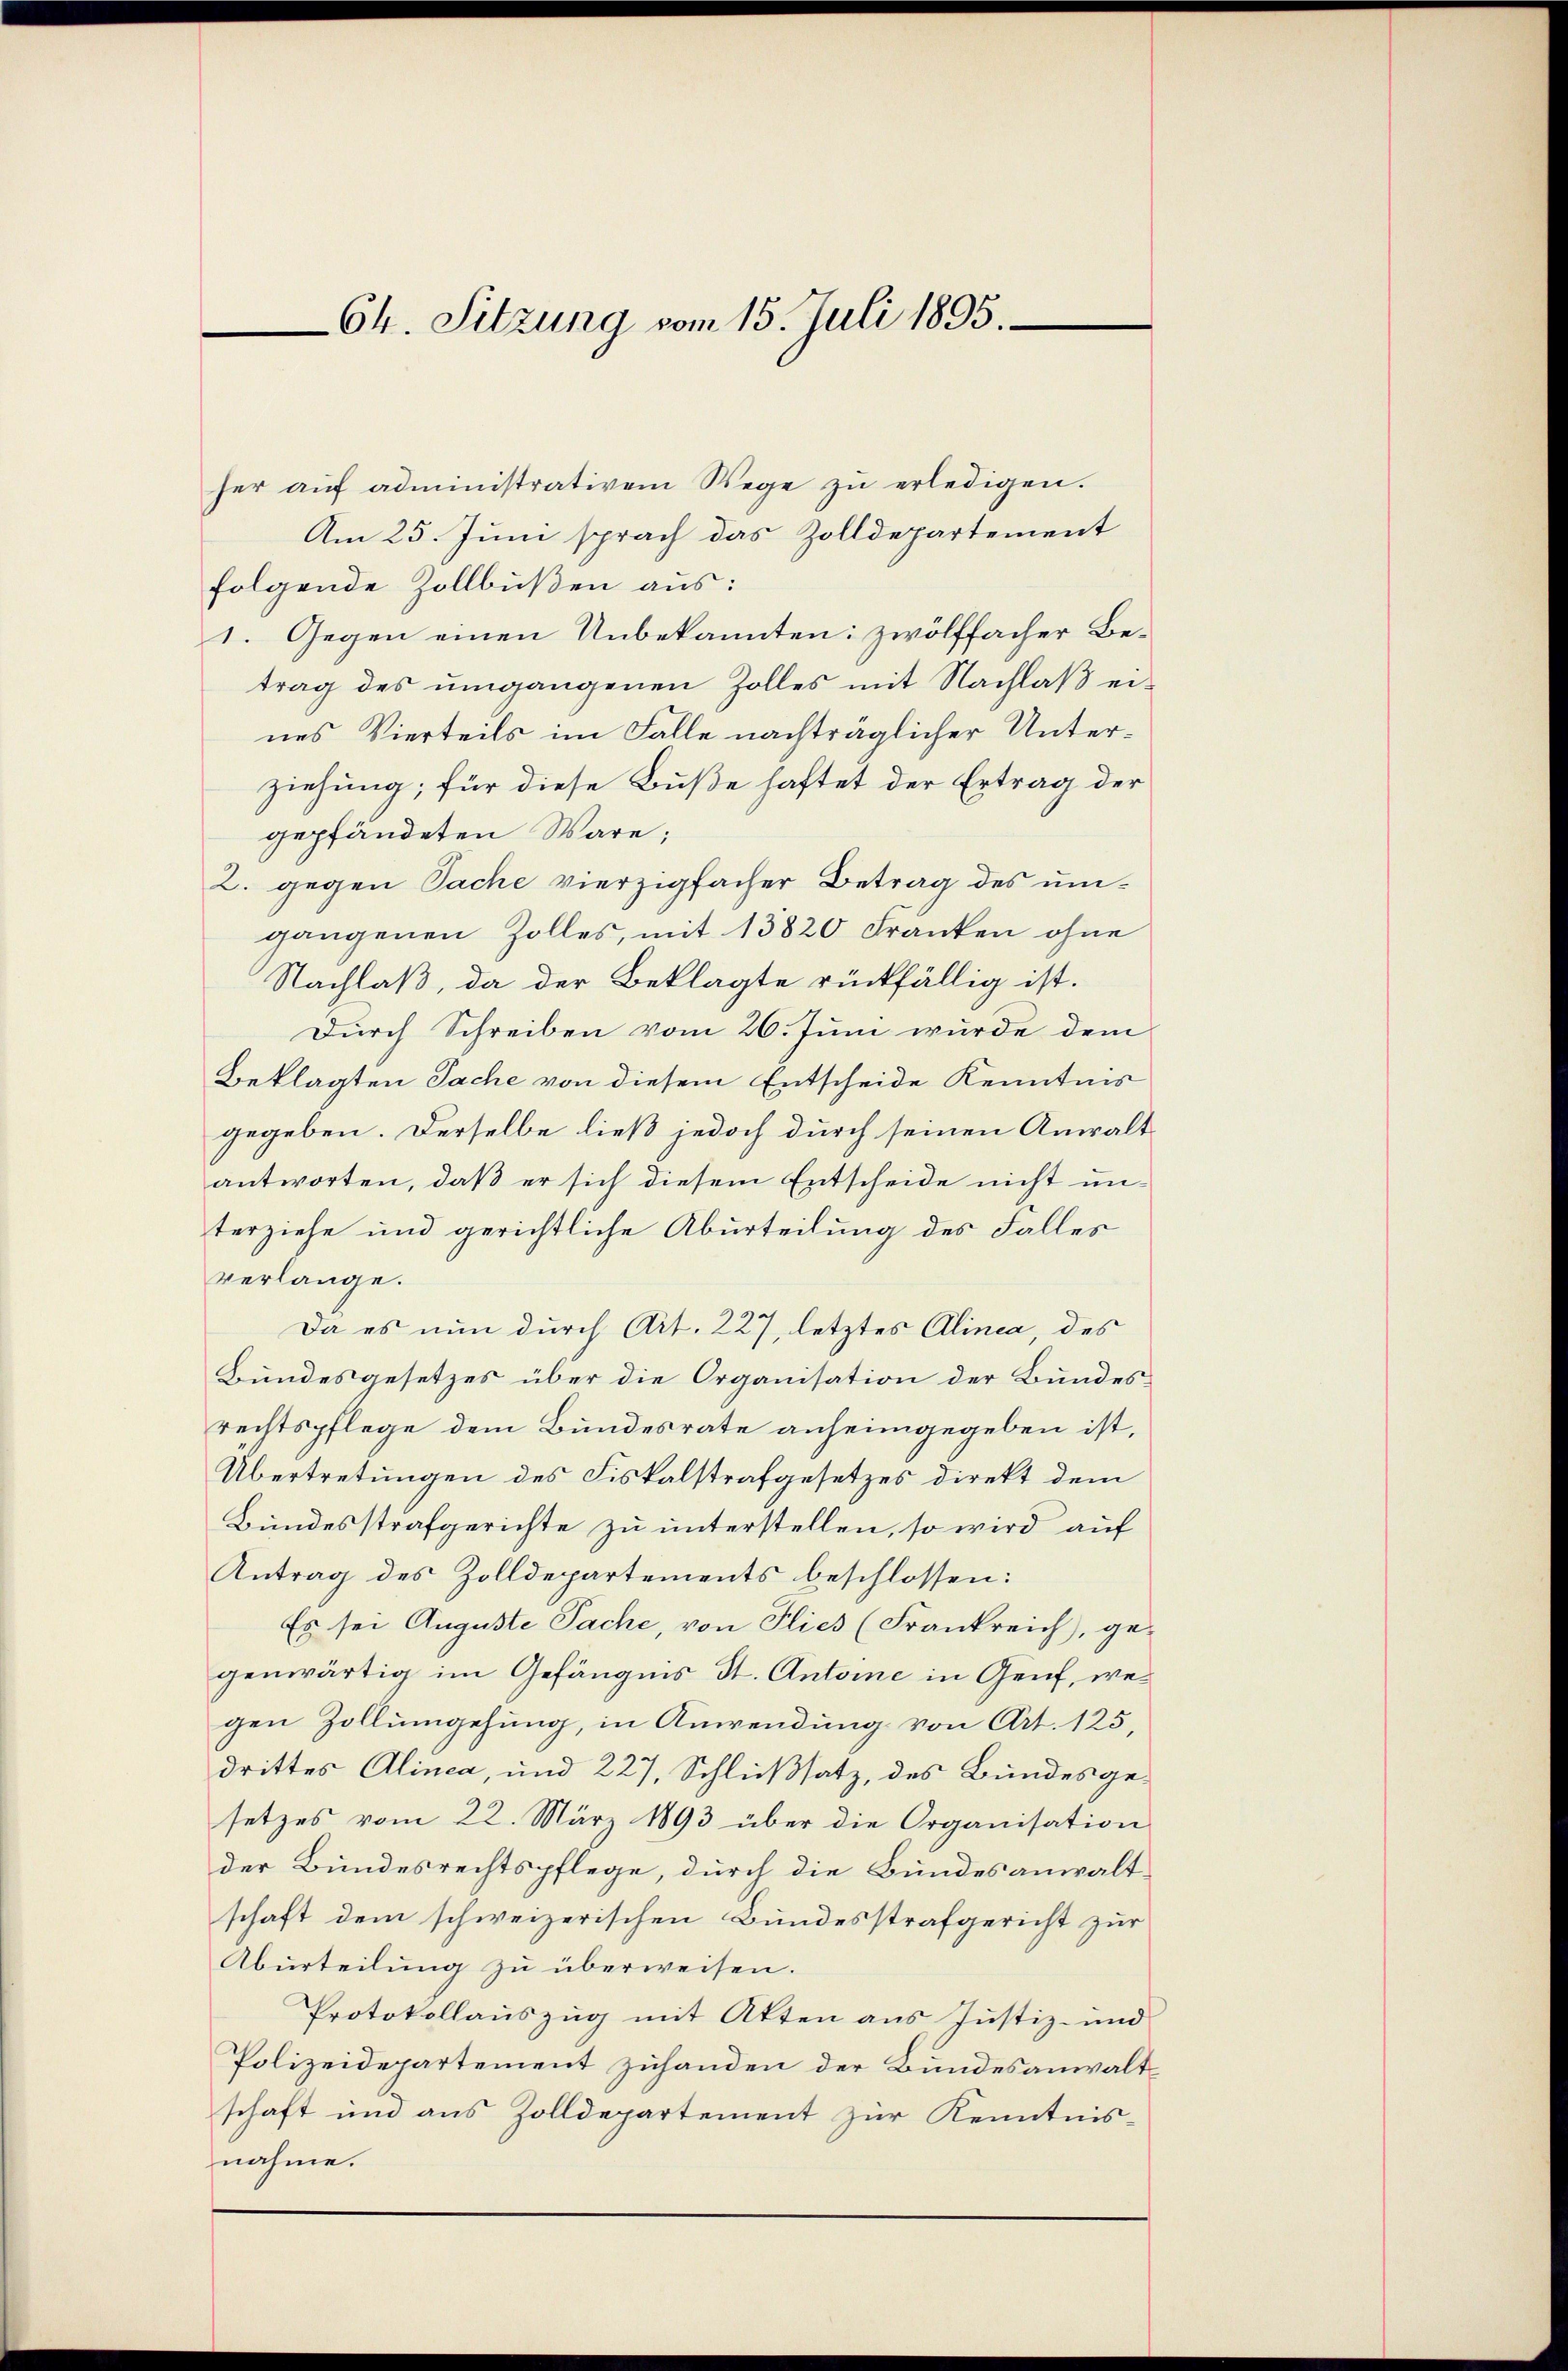
64. Sitzung vom 15. Juli 1895.

her aŭf administrativem Wege zŭ erledigen.
Am 25. Juni sprach das Zolldepartement
folgende Zollbüßen aus:
1. Gegen einen Unbekannten: zwölffacher Betrag des umgangenen Zolles mit Nachlaß eines Vierteils im Falle nachträglicher Unterziehung; für diese Buße haftet der Ertrag der
gepfändeten Wäre;
2. gegen Sache vierzigfacher Betrag des um-
gangenen Zolles, mit 13820 Franken ohne
Nachlaß, da der Beklagte rückfällig ist.
Durch Schreiben vom 26. Juni wurde dem
Beklagten Sache von diesem Entscheide Kenntnis
gegeben. Derselbe ließ jedoch durch seinen Anwalt
antworten, daß er sich diesem Entscheide nicht unterziehe und gerichtliche Aburteilung des Falles
verlange.
Da es nun durch Art. 227, letztes Alinea, des
Bundesgesetzes über die Organisation der Bundesrechtspflege dem Bundesrate anheimgegeben ist,
Übertretungen des Fiskalstrafgesetzes direkt dem
Bundesstrafgerichte zu unterstellen, so wird auf
Antrag des Zolldepartements beschlossen:
Es sei Auguste Sache, von Flies (Frankreich), ge-
genwärtig im Gefängnis St. Antone in Genf, wegen Zollumgehung, in Anwendung von Art. 125,
drittes Alinea, und 227, Schlußsatz, des Bundesgesetzes vom 22. März 1893 über die Organisation
der Bundesrechtspflege, durch die Bundesanwalt-
schaft dem schweizerischen Bundesstrafgericht zur
Aburteilung zŭ überweisen.
Protokollauszug mit Akten aus Justiz- und
Polizeidepartement zuhanden der Bundesanwaltschaft und aus Zolldepartement zur Kenntnisnahme.